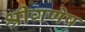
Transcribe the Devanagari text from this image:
श्रीगणेष